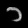
Digit: ၁